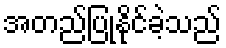
အတည်ပြုနိုင်ခဲ့သည်